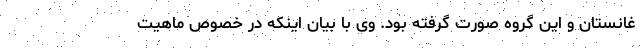
غانستان و این گروه صورت گرفته بود. وی با بیان اینکه در خصوص ماهیت